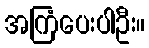
အကြံပေးပါဦး။